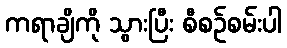
ကရာချိကို သွားပြီး စီစဉ်စမ်းပါ